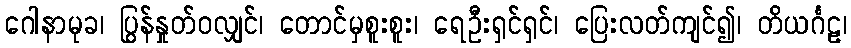
ဂေါနာမုခ၊ ပြွန်နှုတ်ဝလျှင်၊ တောင်မှစူးစူး၊ ရေဦးရှင်ရှင်၊ ပြေးလတ်ကျင်၍၊ တိယင်္ဂဠ၊